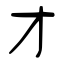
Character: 才